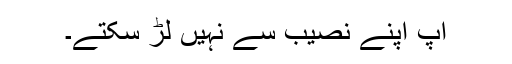
آپ اپنے نصیب سے نہیں لڑ سکتے۔